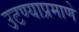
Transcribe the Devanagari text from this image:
उटण्याप्रमाणे